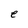
Character: e